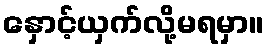
နှောင့်ယှက်လို့မရမှာ။